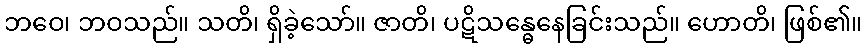
ဘဝေ၊ ဘဝသည်။ သတိ၊ ရှိခဲ့သော်။ ဇာတိ၊ ပဋိသန္ဓေနေခြင်းသည်။ ဟောတိ၊ ဖြစ်၏။